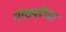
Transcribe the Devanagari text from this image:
गोखलेंच्या